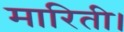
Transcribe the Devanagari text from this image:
मारिती।